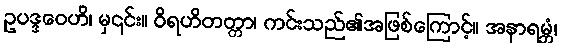
ဥပဒ္ဒဝေဟိ၊ မှ၎င်း။ ဝိရဟိတတ္တာ၊ ကင်းသည်၏အဖြစ်ကြောင့်။ အနာရမ္ဘံ၊